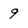
Character: 9